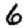
Digit: 6